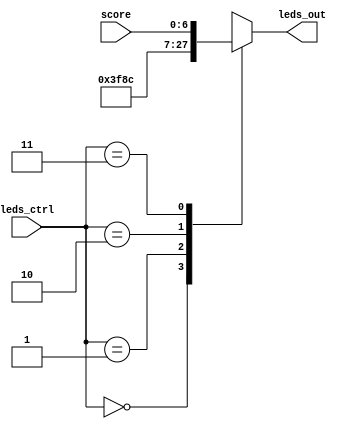
module ledmux(
    input [1:0] leds_ctrl,
    input [6:0] score,
    output [6:0] leds_out
    );
	 
reg [6:0] leds_out_reg;

assign leds_out = leds_out_reg;

//`define ALL_OFF   0  // all leds off
//`define ALL_ON   1  // all leds on
//`define RESET_CODE   2  // error/reset code
//`define SCORE  3  // score

always @(leds_ctrl or score)
	case (leds_ctrl)
		0:	leds_out_reg = 7'b0000000;
		1:	leds_out_reg = 7'b1111111;
		2:	leds_out_reg = 7'b001100;	// 59 + 81 = 140, 000 1100
		3:	leds_out_reg = score;
		default: leds_out_reg = 7'b1010101;
	endcase
endmodule